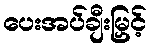
ပေးအပ်ချီးမြှင့်